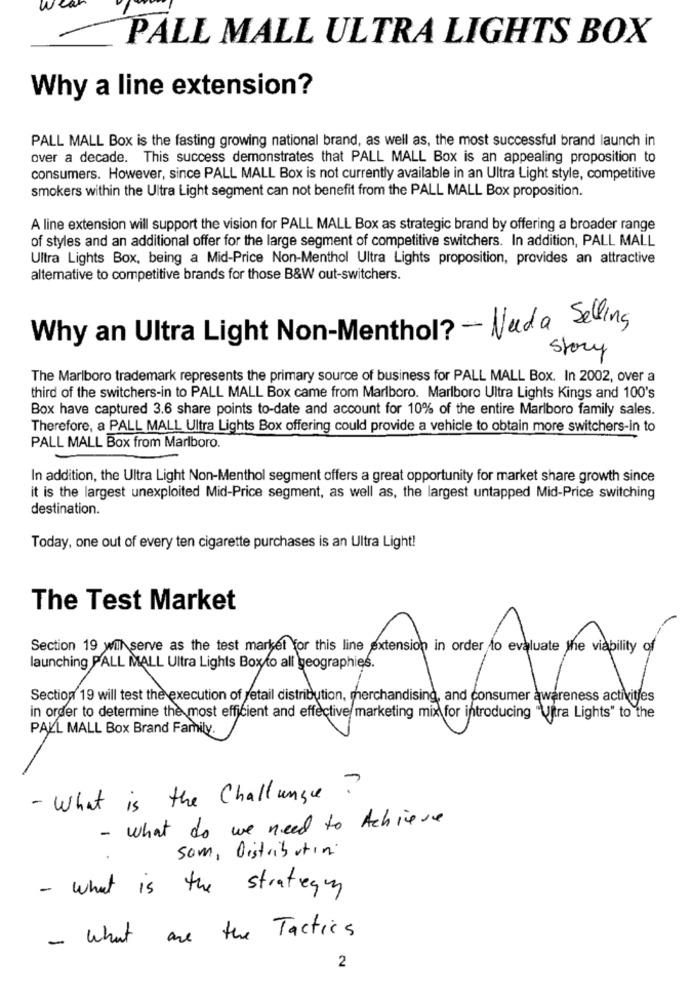
W
PALL MALL ULTRA LIGHTS BOX
Why a line extension?
PALL MALL Box is the fasting growing national brand, as well as, the most successful brand launch in
over a decade. This success demonstrates that PALL MALL Box is an appealing proposition to
consumers. However, since PALL MALL Box is not currently available in an Ultra Light style, competitive
smokers within the Ultra Light segment can not benefit from the PALL MALL Box proposition.
A line extension will support the vision for PALL MALL Box as strategic brand by offering a broader range
of styles and an additional offer for the large segment of competitive switchers. In addition, PALL MALL
Ultra Lights Box, being a Mid-Price Non-Menthol Ultra Lights proposition, provides an attractive
altemative to competitive brands for those B&W out-switchers.
Why an Ultra Light Non-Menthol? - Nada Selling
Story
The Marlboro trademark represents the primary source of business for PALL MALL Box. In 2002, over a
third of the switchers-in to PALL MALL Box came from Marlboro. Marlboro Ultra Lights Kings and 100's
Box have captured 3.6 share points to-date and account for 10% of the entire Marlboro family sales.
Therefore, a PALL MALL Ultra Lights Box offering could provide a vehicle to obtain more switchers-in to
PALL MALL Box from Marlboro.
In addition, the Ultra Light Non-Menthol segment offers a great opportunity for market share growth since
it is the largest unexploited Mid-Price segment, as well as, the largest untapped Mid-Price switching
destination.
Today, one out of every ten cigarette purchases is an Ultra Light!
The Test Market
Section 19 wil serve as the test market for this line extension in order to evaluate the viability of
launching PALL MALL Ultra Lights Box to all geographies.
Section 19 will test the execution of retail distribution, merchandising, and consumer awareness activities
in order to determine the most efficient and effective marketing mix for introducing "Uitra Lights" to the
PALL MALL Box Brand Family.
- What is the Challange?
- What do we need to Achieve
som, Distributing
- What is the strategy
- What are the Tactics
2